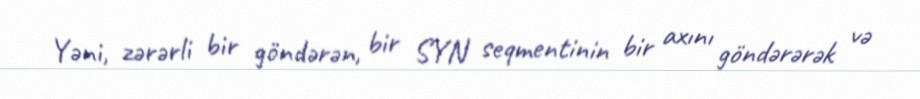
Yəni, zərərli bir göndərən, bir SYN seqmentinin bir axını göndərərək və